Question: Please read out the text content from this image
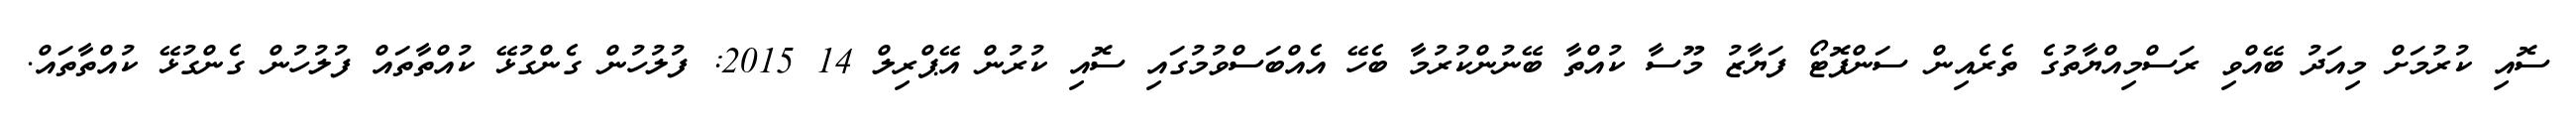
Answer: ސޮއި ކުރުމަށް މިއަދު ބޭއްވި ރަސްމިއްޔާތުގެ ތެރެއިން ސަންފޮޓޯ ފަޔާޒު މޫސާ ކުއްތާ ބޭނުންކުރުމާ ބެހޭ އެއްބަސްވުމުގައި ސޮއި ކުރުން އޭޕްރިލް 14 2015: ފުލުހުން ގެންގުޅޭ ކުއްތާތައް ފުލުހުން ގެންގުޅޭ ކުއްތާތައް.